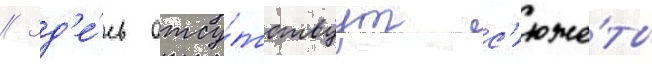
// Зд'е́сь отсу́тствуут с'юже́ты